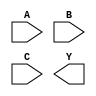
module sky130_fd_sc_hvl__nor3 (
    //# {{data|Data Signals}}
    input  A,
    input  B,
    input  C,
    output Y
);

    // Voltage supply signals
    supply1 VPWR;
    supply0 VGND;
    supply1 VPB ;
    supply0 VNB ;

endmodule